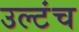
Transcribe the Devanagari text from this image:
उल्टंच